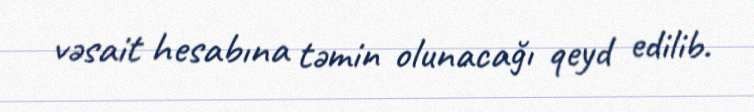
vəsait hesabına təmin olunacağı qeyd edilib.